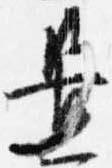
置